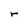
Character: r